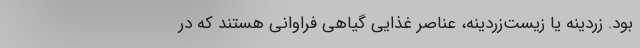
بود. زردینه یا زیست‌زردینه، عناصر غذایی گیاهی فراوانی هستند که در